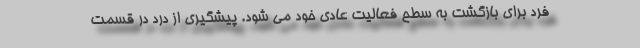
فرد برای بازگشت به سطح فعالیت عادی خود می شود. پیشگیری از درد در قسمت